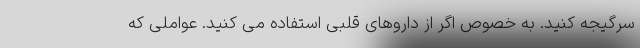
سرگیجه کنید. به خصوص اگر از داروهای قلبی استفاده می کنید. عواملی که